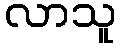
လာသူ